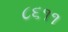
૮૬૧૧